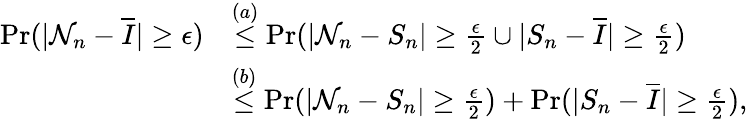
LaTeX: \begin{array}{rl}{\operatorname*{Pr}(|\mathcal{N}_{n}-\overline{{I}}|\geq\epsilon)}&{\overset{(a)}\leq\operatorname*{Pr}(|\mathcal{N}_{n}-S_{n}|\geq\frac{\epsilon}{2}\cup|S_{n}-\overline{{I}}|\geq\frac{\epsilon}{2})}\\ &{\overset{(b)}\leq\operatorname*{Pr}(|\mathcal{N}_{n}-S_{n}|\geq\frac{\epsilon}{2})+\operatorname*{Pr}(|S_{n}-\overline{{I}}|\geq\frac{\epsilon}{2}),}\end{array}